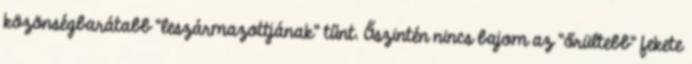
közönségbarátabb “leszármazottjának” tűnt. Őszintén nincs bajom az “őrültebb” fekete